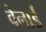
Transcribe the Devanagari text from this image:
वेनार्ड